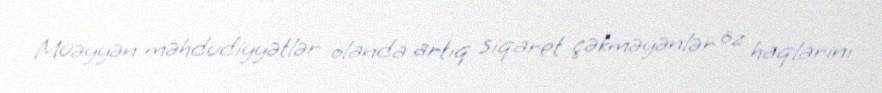
Müəyyən məhdudiyyətlər olanda artıq siqaret çəkməyənlər öz haqlarını